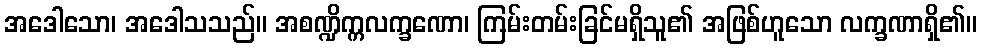
အဒေါသော၊ အဒေါသသည်။ အစဏ္ဍိက္ကလက္ခဏော၊ ကြမ်းတမ်းခြင်မရှိသူ၏ အဖြစ်ဟူသော လက္ခဏာရှိ၏။